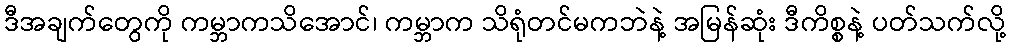
ဒီအချက်တွေကို ကမ္ဘာကသိအောင်၊ ကမ္ဘာက သိရုံတင်မကဘဲနဲ့ အမြန်ဆုံး ဒီကိစ္စနဲ့ ပတ်သက်လို့